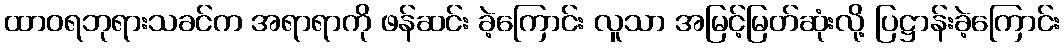
ထာဝရဘုရားသခင်က အရာရာကို ဖန်ဆင်း ခဲ့ကြောင်း လူသာ အမြင့်မြတ်ဆုံးလို့ ပြဋ္ဌာန်းခဲ့ကြောင်း